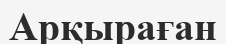
Арқыраған